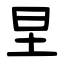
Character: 圼